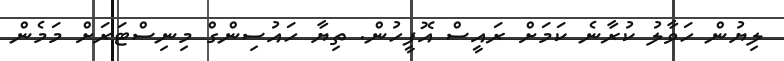
ލިޔުން ހަވާލު ކުރާނެ ކަމަށް ރައީސް އޮފީހުން. ތިޔާ ހައުސިންގް މިނިސްޓަރަަށް މަމެން